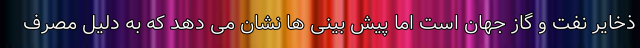
ذخایر نفت و گاز جهان است اما پیش بینی ها نشان می دهد که به دلیل مصرف